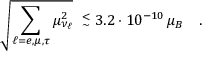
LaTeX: \sqrt { \sum _ { \ell = e , \mu , \tau } \mu _ { \nu _ { \ell } } ^ { 2 } } \ \stackrel { < } { _ \sim } 3 . 2 \cdot 1 0 ^ { - 1 0 } \, \mu _ { B } \ \ \ .